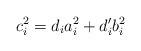
LaTeX: \begin{align*}c_i^2=d_ia_i^2+d_i' b_i^2\end{align*}